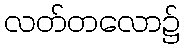
လတ်တလော၌